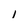
Character: 1